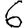
Digit: 6